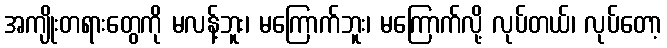
အကျိုးတရားတွေကို မလန့်ဘူး၊ မကြောက်ဘူး၊ မကြောက်လို့ လုပ်တယ်၊ လုပ်တော့